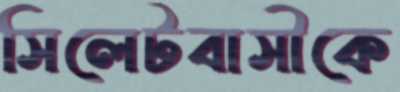
সিলেটবাসীকে